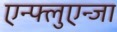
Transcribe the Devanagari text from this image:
एन्फ्लुएन्जा